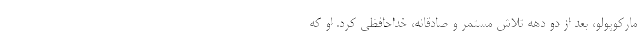
مارکوپولو، بعد از دو دهه تلاش مستمر و صادقانه، خداحافظی کرد. او که